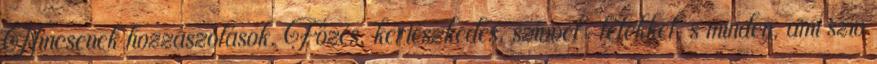
Nincsenek hozzászólások. Főzés, kertészkedés, szívvel-lélekkel, s minden, ami szív